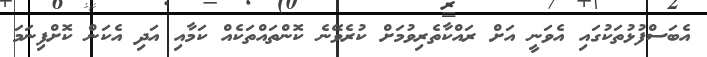
އެބަސްފުޅުތަކުގައި އެވަނީ އަށް ރައްކާތެރިވުމަށް ކުރެވޭނެ ކޮންތައްތަކެއް ކަމާއި އަދި އެކަން ކޮށްފިނަމަ